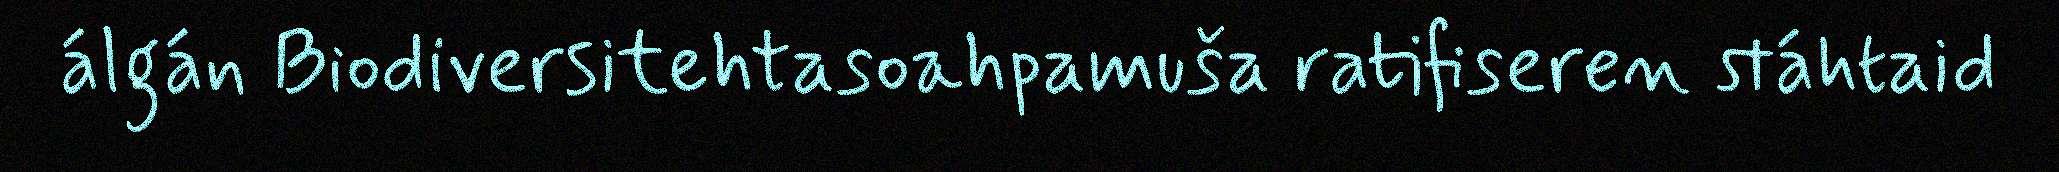
álgán Biodiversitehtasoahpamuša ratifiseren stáhtaid